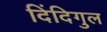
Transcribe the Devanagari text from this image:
दिंदिगुल